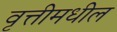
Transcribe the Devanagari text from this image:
वृत्तीमधील